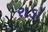
રાડો